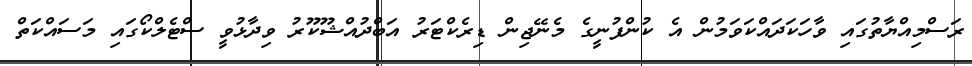
ރަސްމިއްޔާތުގައި ވާހަކަދައްކަވަމުން އެ ކުންފުނީގެ މެނޭޖިން ޑިރެކްޓަރު އަބްދުއްޝޫކޫރު ވިދާޅުވީ ސްޓެލްކޯގައި މަސައްކަތް